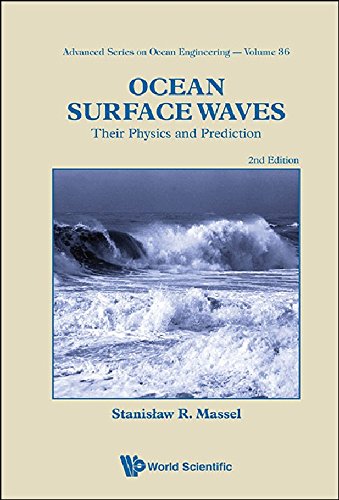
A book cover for Ocean Surface Waves: Their Physics and Prediction (2nd Edition) (Advanced Series on Ocean Engineering); Stanislaw R Massel; Engineering & Transportation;